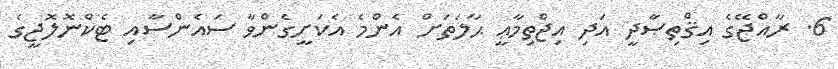
6. ރާއްޖޭގެ އިޤްތިޞާދީ އަދި އިޖްތިމާޢީ ޙާލަތަށް އެންމެ އެކަށީގެންވާ ސައެންސާއި ޓެކްނޮލޮޖީގެ